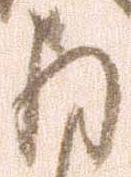
存